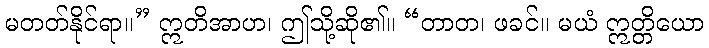
မတတ်နိုင်ရာ။” ဣတိအာဟ၊ ဤသို့ဆို၏။ “တာတ၊ ဖခင်။ မယံ ဣတ္တိယော